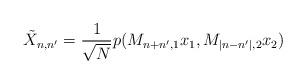
LaTeX: \begin{align*} \tilde{X}_{n,n'}=\frac{1}{\sqrt{N}}p(M_{n+n',1}x_1,M_{|n-n'|,2}x_2)\end{align*}